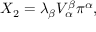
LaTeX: X _ { 2 } = \lambda _ { \beta } V _ { \alpha } ^ { \beta } \pi ^ { \alpha } ,